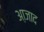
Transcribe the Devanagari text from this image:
आ़जाद